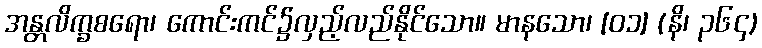
အန္တလိက္ခစရော၊ ကောင်းကင်၌လှည့်လည်နိုင်သော။ မာနသော၊ [၀၁] (နိ၊ ၃၆၄)